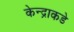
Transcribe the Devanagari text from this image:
केन्द्राकडे